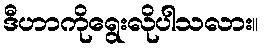
ဒီဟာကိုရွေးလိုပါသလား။